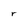
Character: r